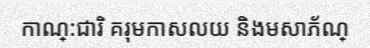
កាណ្:ជារិ គរុមកាសលយ និងមសាភ័ណ្